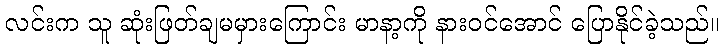
လင်းက သူ ဆုံးဖြတ်ချမမှားကြောင်း မာနာ့ကို နားဝင်အောင် ပြောနိုင်ခဲ့သည်။